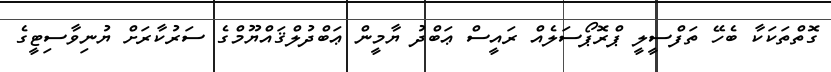
ގޮތްތަކަކާ ބެހޭ ތަފްސީލީ ޕްރޮޕޯސަލެއް ރައީސް ޢަބްދު ޔާމީން ޢަބްދުލްޤައްޔޫމްގެ ސަރުކާރަށް ޔުނިވާސިޓީގެ